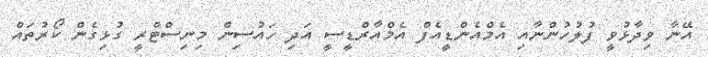
އޭނާ ވިދާޅުވީ ފުލުހުންނާއި އެމްއެންޑީއެފް އެމްއާރްޑީސީ އަދި ހައުސިން މިނިސްޓްރީ ގުޅިގެން ކޯރުތައް